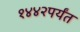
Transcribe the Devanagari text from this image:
१४४२पर्यंत